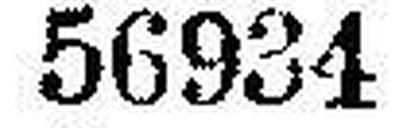
56934